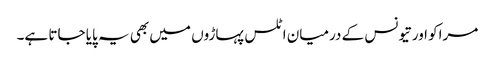
مراکو اور تیونس کے درمیان اٹلس پہاڑوں میں بھی یہ پایا جاتا ہے۔